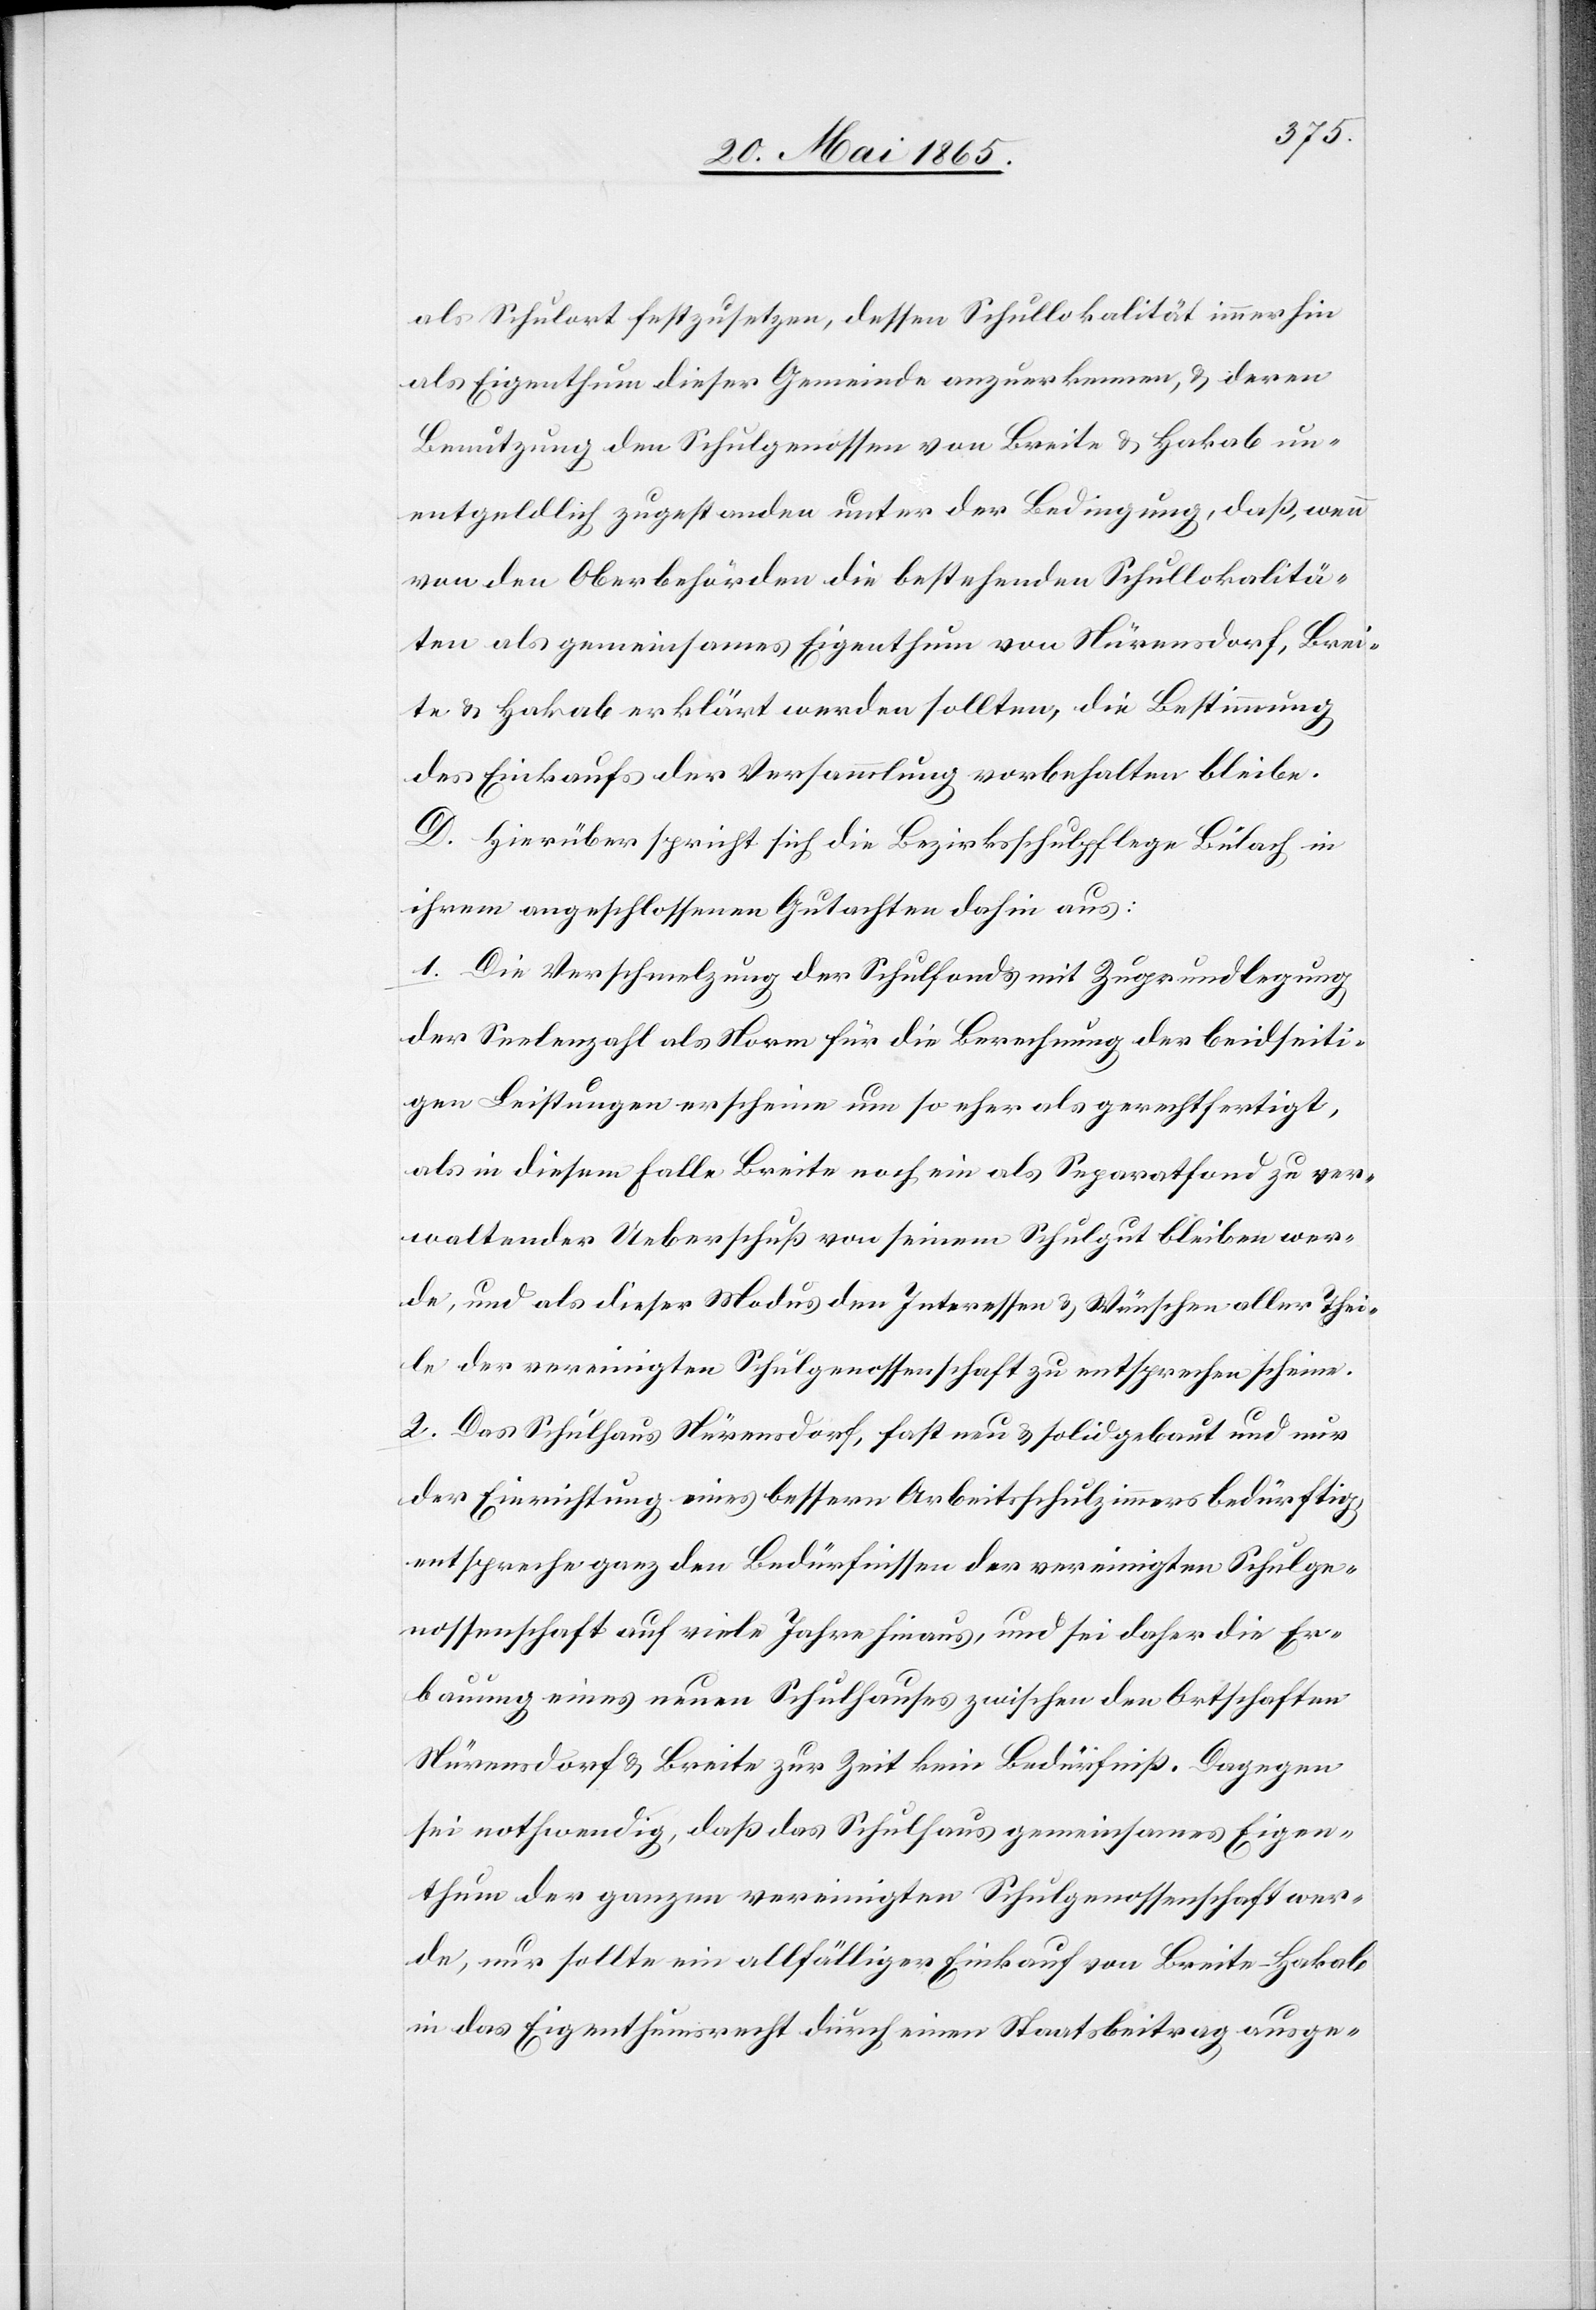
als Schulort festzusetzen, dessen Schullokalität immerhin
als Eigenthum dieser Gemeinde anzuerkennen, & deren
Benutzung den Schulgenossen von Breite & Hakab un¬
entgeldlich zugestanden unter der Bedingung, daß, wenn
von den Oberbehörden die bestehenden Schullokalitä¬
ten als gemeinsames Eigenthum von Nürensdorf, Brei¬
te & Hakab erklärt werden sollten, die Bestimmung
des Einkaufs der Versammlung vorbehalten bleibe.
D. Hierüber spricht sich die Bezirksschulpflege Bülach in
ihrem angeschlossenen Gutachten dahin aus:
1. Die Verschmelzung der Schulfonds & mit Zugrundlegung
der Seelenzahl als Norm für die Berechnung der beidseiti¬
gen Leistungen erscheine um so eher als gerechtfertigt,
als in diesem Falle Breite noch ein als Separatfond zu ver¬
waltender Ueberschuß von seinem Schulgut bleiben wer¬
de, und als dieser Modus den Interessen & Wünschen aller Thei¬
le der vereinigten Schulgenossenschaft zu entsprechen scheine.
2. Das Schulhaus Nürensdorf, fast neu & solid gebaut und nur
der Einrichtung eines bessern Arbeitsschulzimmers bedürftig,
entspreche ganz den Bedürfnissen der vereinigten Schulge¬
nossenschaft auf viele Jahre hinaus, und sei daher die Er¬
bauung eines neuen Schulhauses zwischen den Ortschaften
Nürensdorf & Breite zur Zeit kein Bedürfniß. Dagegen
sei nothwendig, daß das Schulhaus gemeinsames Eigen¬
thum der ganzen vereinigten Schulgenossenschaft wer¬
de, nur sollte ein allfälliger Einkauf von Breite-Hakab
in das Eigenthumsrecht durch einen Staatsbeitrag ausge-